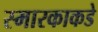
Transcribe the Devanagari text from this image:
स्मारकाकडे